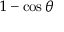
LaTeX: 1 - \cos \theta